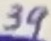
Text: 39